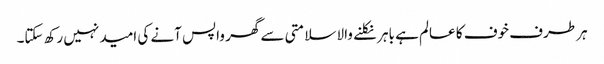
ہر طرف خوف کا عالم ہے باہر نکلنے والا سلامتی سے گھر واپس آنے کی امید نہیں رکھ سکتا۔